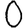
Digit: 0